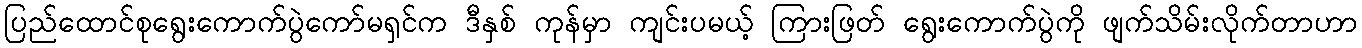
ပြည်ထောင်စုရွေးကောက်ပွဲကော်မရှင်က ဒီနှစ် ကုန်မှာ ကျင်းပမယ့် ကြားဖြတ် ရွေးကောက်ပွဲကို ဖျက်သိမ်းလိုက်တာဟာ